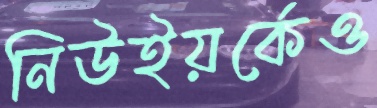
নিউইয়র্কেও